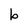
Character: b